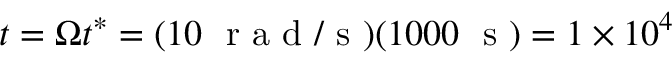
t = \Omega t ^ { * } = ( 1 0 ~ \mathrm { ~ r ~ a ~ d ~ / ~ s ~ } ) ( 1 0 0 0 ~ \mathrm { ~ s ~ } ) = 1 \times 1 0 ^ { 4 }